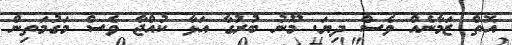
އޮތް ޒަމާނެއް ވެސް ދިޔަ. މޫނު ބުރުގާ އަޅާ ކުއްޖާ ވެސް މަގުމަތިން